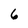
Character: 6